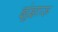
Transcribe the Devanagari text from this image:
झुंझारू